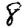
Digit: 8